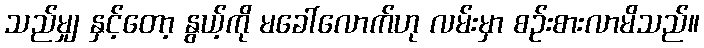
သည်မျှ နှင့်တော့ နွယ့်ကို မခေါ်လောက်ဟု လမ်းမှာ စဉ်းစားလာမိသည်။